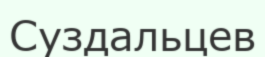
Суздальцев